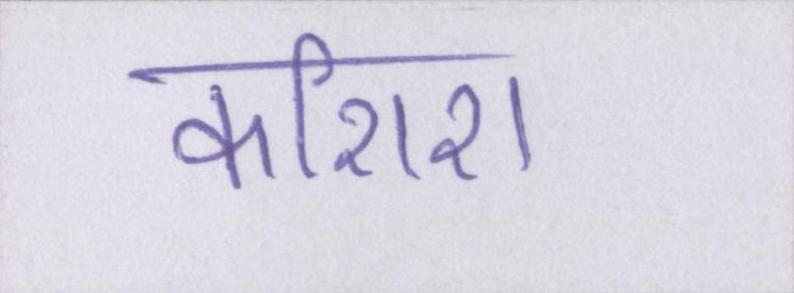
कशिश